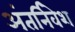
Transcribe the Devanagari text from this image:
अंतर्निवेश